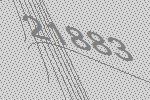
21883